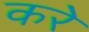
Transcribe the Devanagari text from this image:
करेे